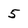
Character: 5